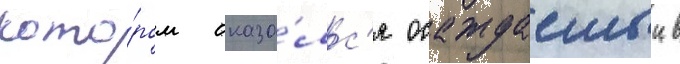
кото́ром оказа́лс'я осаждаемыи в